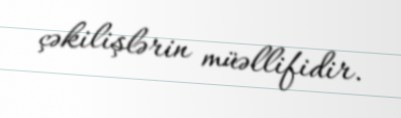
çəkilişlərin müəllifidir.